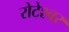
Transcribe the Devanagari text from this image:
रोटेश्वर